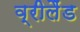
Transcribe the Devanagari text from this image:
व्रीलैंड